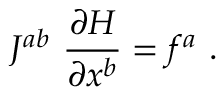
J ^ { a b } \ \frac { \partial H } { \partial x ^ { b } } = f ^ { a } \ .